Papers set at the Examination for Leaving Certificates, 1895
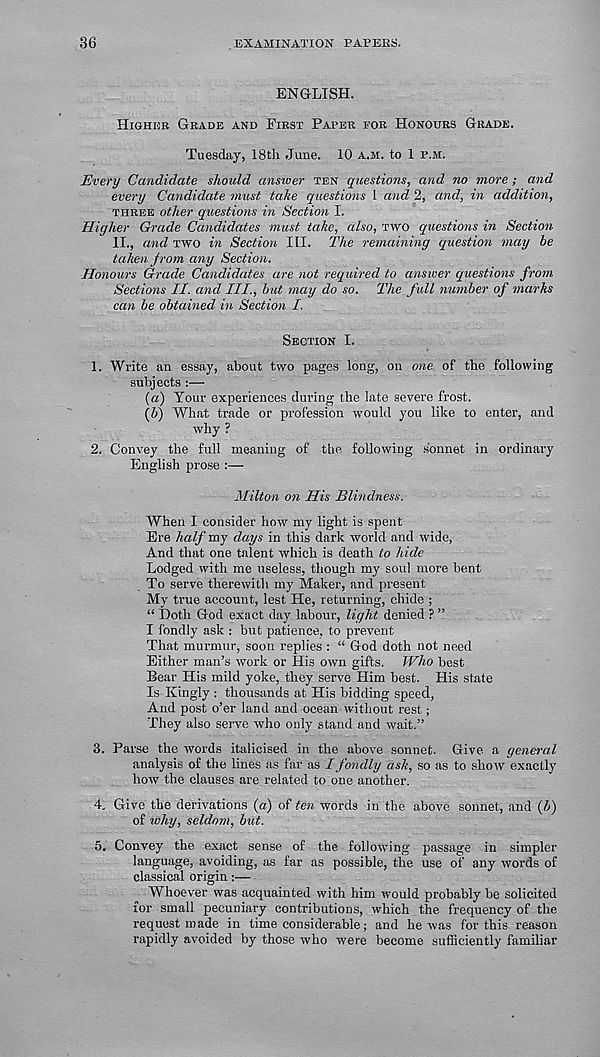
36
EXAMINATION PAPERS.
ENGLISH.
Higher Grade and First Paper for Honours Grade.
Tuesday, 18th June. 10 a.m. to 1 p.m.
Every Candidate should answer ten questions, and no more; and
every Candidate must take questions L and 2, and, in addition,
three other questions in Section I.
Higher Grade Candidates must take, also, two questions in Section
II., and two in Section III. The remaining question may he
taken from any Section.
Honours Grade Candidates are not required to answer questions from
Sections II. and III., but may do so. The full number of marks
can be obtained in Section I.
Section I.
1. Write an essay, about two pages long, on one of the following
subjects :—
(a) Your experiences during the late severe frost.
[b) What trade or profession would you like to enter, and
why ?
2. Convey the full meaning of the following sonnet in ordinary
English prose :—
Milton on His Blindness.
When I consider how my light is spent
Ere half my days in this dark world and wide,
And that one talent which is death to hide
Lodged with me useless, though my soul more bent
To serve therewith my Maker, and present
My true account, lest He, returning, chide ;
“ Doth God exact day labour, light denied ? ”
I fondly ask : but patience, to prevent
That murmur, soon replies : “ God doth not need
Either man’s work or His own gifts. Who best
Bear His mild yoke, they serve Him best. His state
Is Kingly : thousands at His bidding speed,
And post o’er land and ocean without rest;
They also serve who only stand and wait.”
3. Parse the words italicised in the above sonnet. Give a general
analysis of the lines as far as I fondly ask, so as to show exactly
how the clauses are related to one another.
4. Give the derivations {a) of ten words in the above sonnet, and (&)
of why, seldom, but.
5. Convey the exact sense of the following passage in simpler
language, avoiding, as far as possible, the use of any words of
classical origin:—
Whoever was acquainted with him would probably be solicited
for small pecuniary contributions, which the frequency of the
request made in time considerable; and he was for this reason
rapidly avoided by those who were become sufficiently familiar